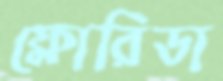
ফ্লোরিডা